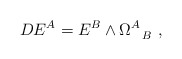
\begin{align*}D E^A = E^B \wedge \Omega^A_{~~B}~, \end{align*}